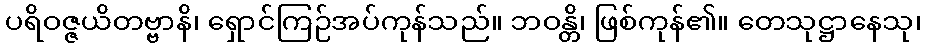
ပရိဝဇ္ဇယိတဗ္ဗာနိ၊ ရှောင်ကြဉ်အပ်ကုန်သည်။ ဘဝန္တိ၊ ဖြစ်ကုန်၏။ တေသုဋ္ဌာနေသု၊